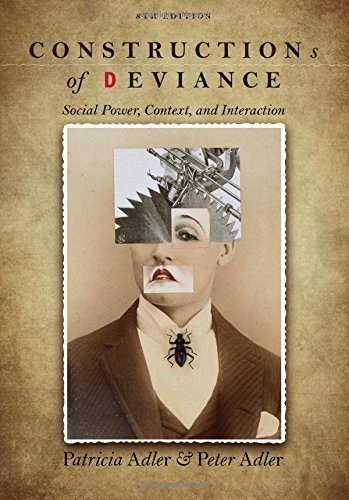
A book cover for Constructions of Deviance: Social Power, Context, and Interaction; Patricia A. Adler; Politics & Social Sciences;